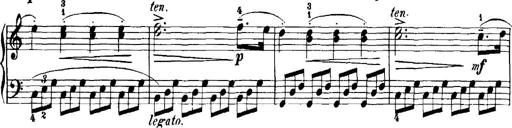
Title: 7 Sonatinas
Composer: Anton Diabelli